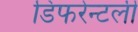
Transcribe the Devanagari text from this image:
डिफरेन्टली